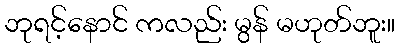
ဘုရင့်နောင် ကလည်း မွန် မဟုတ်ဘူး။